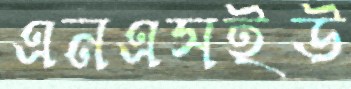
এনএসইউ